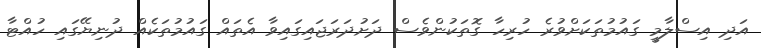
އަދި އިސްލާމީ ގައުމުތަކަށްވުރެ ހުރިހާ ގޮތަކުންވެސް ދަށުދަރަޖައިގައިވާ އެތައް ގައުމުތަކެއް ދުނިޔޭގައި ހުއްޓާ